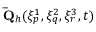
\mathbf { \bar { Q } } _ { h } ( \xi _ { p } ^ { 1 } , \xi _ { q } ^ { 2 } , \xi _ { r } ^ { 3 } , t )